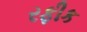
રફીક